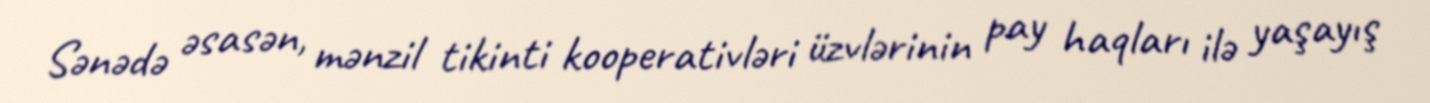
Sənədə əsasən, mənzil tikinti kooperativləri üzvlərinin pay haqları ilə yaşayış